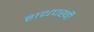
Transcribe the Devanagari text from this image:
हाथचर्खी